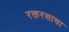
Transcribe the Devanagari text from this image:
रक्तरसाचा